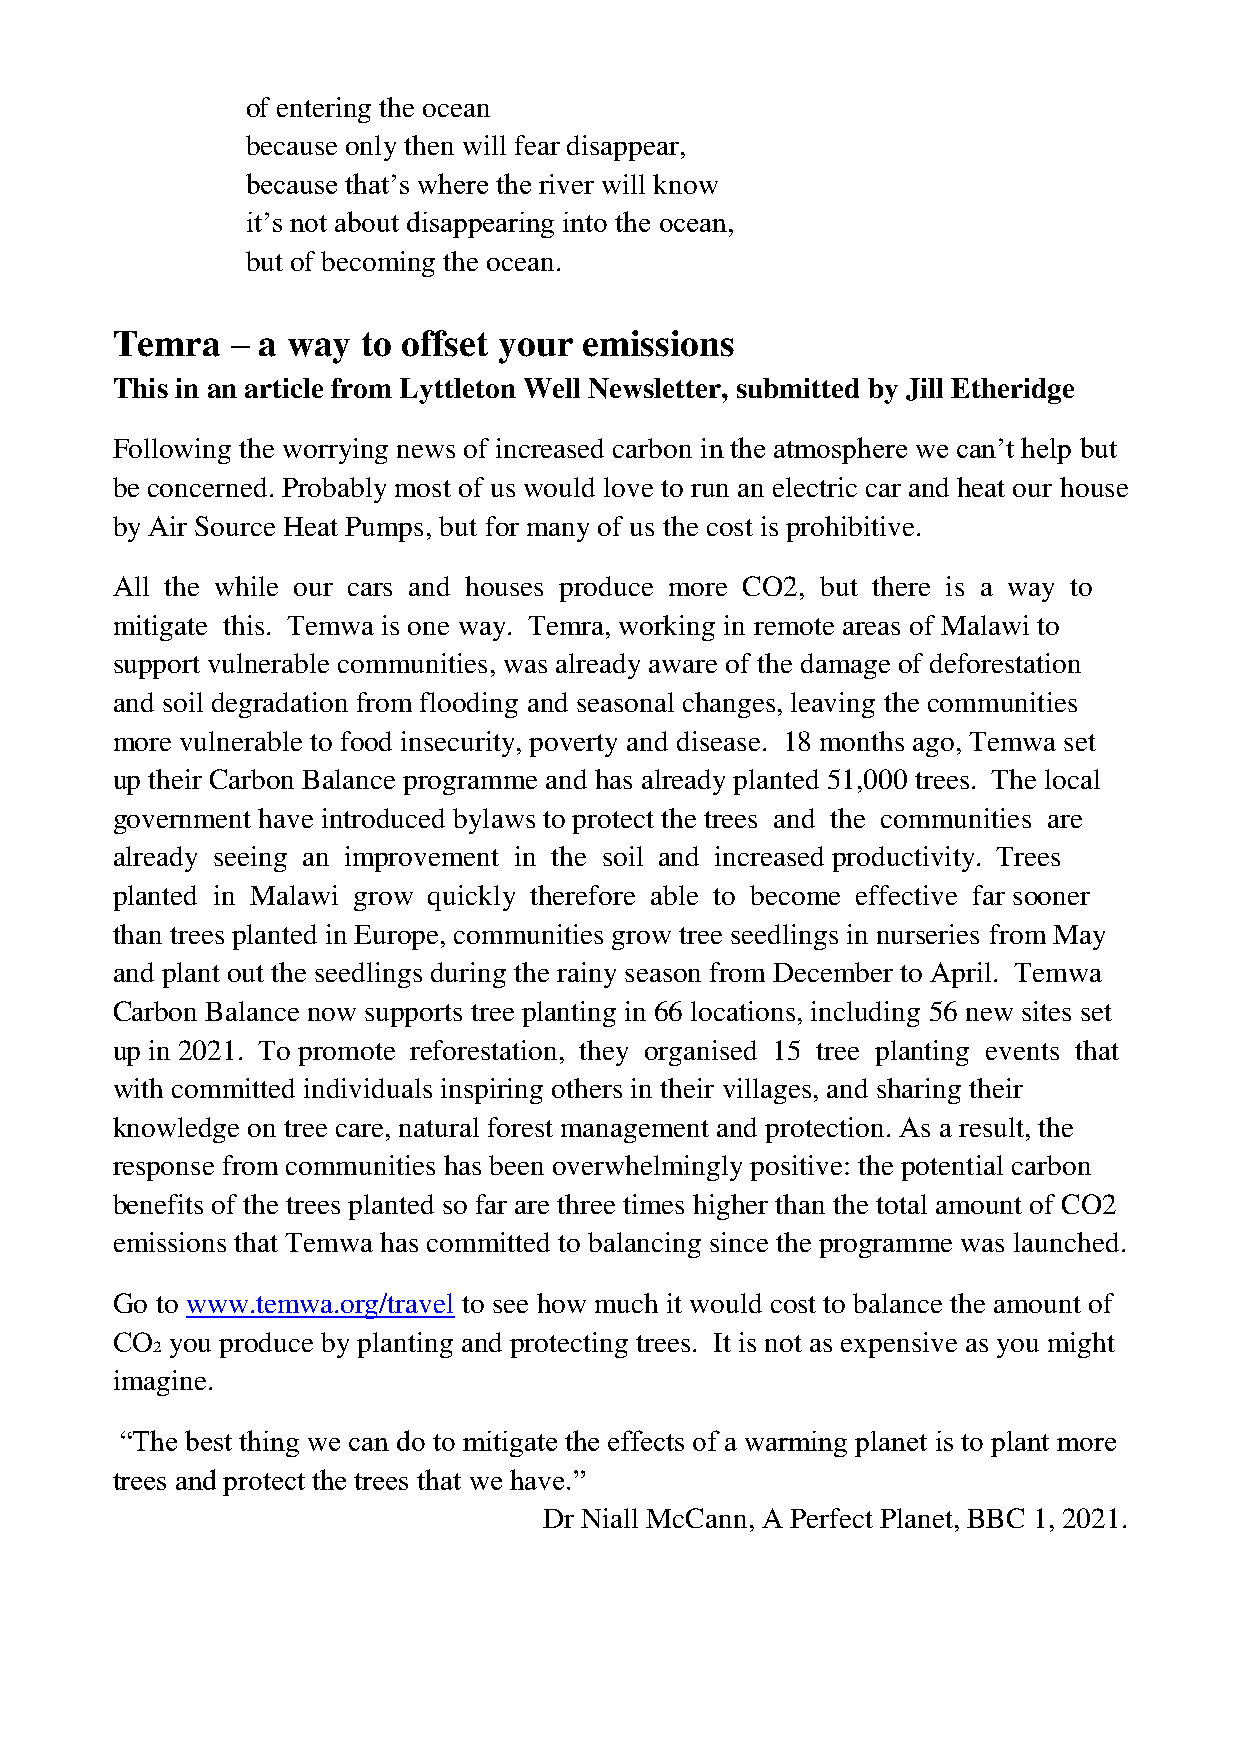
of entering the ocean
 because only then will fear disappear,
 because that’s where the river will know
 it’s not about disappearing into the ocean,
 but of becoming the ocean.
 Temra   – a way  to offset your emissions
 This in an article from Lyttleton Well Newsletter, submitted by Jill Etheridge
 Following the worrying news of increased carbon in the atmosphere we can’t help but
 be concerned. Probably most of us would love to run an electric car and heat our house
 by Air Source Heat Pumps, but for many of us the cost is prohibitive.
 All the while our cars and houses produce more CO2, but there is a way to
 mitigate this. Temwa is one way. Temra, working in remote areas of Malawi to
 support vulnerable communities, was already aware of the damage of deforestation
 and soil degradation from flooding and seasonal changes, leaving the communities
 more vulnerable to food insecurity, poverty and disease. 18 months ago, Temwa set
 up their Carbon Balance programme and has already planted 51,000 trees. The local
 government have introduced bylaws to protect the trees and the communities are
 already seeing an improvement in the soil and increased productivity. Trees
 planted in Malawi grow quickly therefore able to become effective far sooner
 than trees planted in Europe, communities grow tree seedlings in nurseries from May
 and plant out the seedlings during the rainy season from December to April. Temwa
 Carbon Balance now supports tree planting in 66 locations, including 56 new sites set
 up in 2021. To promote reforestation, they organised 15 tree planting events that
 with committed individuals inspiring others in their villages, and sharing their
 knowledge on tree care, natural forest management and protection. As a result, the
 response from communities has been overwhelmingly positive: the potential carbon
 benefits of the trees planted so far are three times higher than the total amount of CO2
 emissions that Temwa has committed to balancing since the programme was launched.
 Go to www.temwa.org/travel to see how much it would cost to balance the amount of
 CO₂ you produce by planting and protecting trees. It is not as expensive as you might
 imagine.
 “The best thing we can do to mitigate the effects of a warming planet is to plant more
 trees and protect the trees that we have.”
 Dr Niall McCann, A Perfect Planet, BBC 1, 2021.